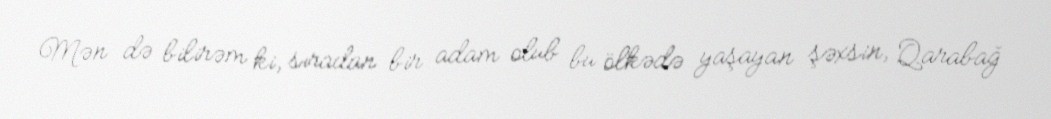
Mən də bilirəm ki, sıradan bir adam olub bu ölkədə yaşayan şəxsin, Qarabağ